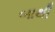
બાથી